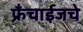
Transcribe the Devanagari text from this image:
फ्रँचाईजचे